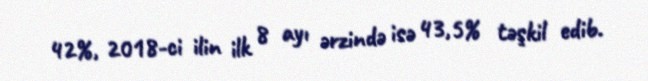
42%, 2018-ci ilin ilk 8 ayı ərzində isə 43,5% təşkil edib.